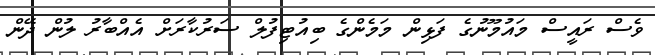
ވެސް ރައީސް މައުމޫނުގެ ފަޅިން މަމެންގެ ބިއުޓިފުލް ސަރުކާރަށް އެއްބާރު ލުން ދޭން